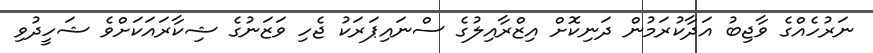
ނަރުހެއްގެ ވާޖިބު އަދާކުރަމުން ދަނިކޮށް އިޒްރާއިލުގެ ސްނައިޕަރަކު ޖެހި ވަޒަނުގެ ޝިކާރައަކަށްވެ ޝަހީދުވި